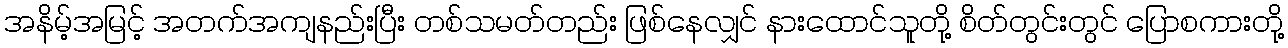
အနိမ့်အမြင့် အတက်အကျနည်းပြီး တစ်သမတ်တည်း ဖြစ်နေလျှင် နားထောင်သူတို့ စိတ်တွင်းတွင် ပြောစကားတို့